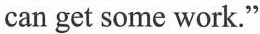
can get some work."